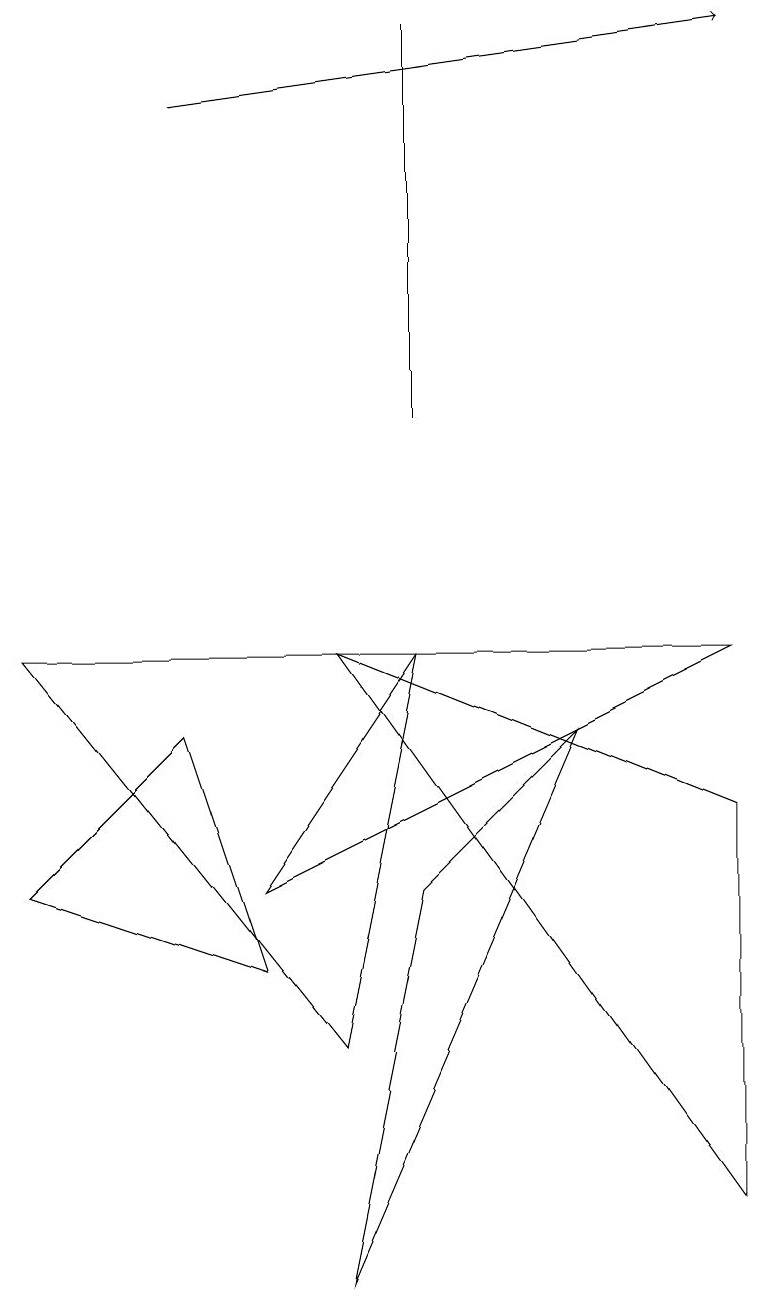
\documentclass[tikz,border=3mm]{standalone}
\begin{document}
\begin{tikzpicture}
\draw (5,5) -- (4,0) -- (7,7) -- cycle;
\draw (4,8) -- (9,1) -- (9,6) -- cycle;
\draw (4,3) -- (5,8) -- (0,8) -- cycle;
\draw (0,5) -- (3,4) -- (2,7) -- cycle;
\draw[->] (2,15) -- (9,16);
\draw (5,11) rectangle (5,16);
\draw (5,8) -- (3,5) -- (9,8) -- cycle;
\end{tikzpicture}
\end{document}